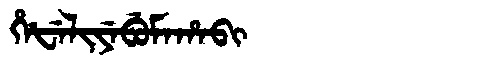
Manchu: ᡥᡝᡶᡝᠯᡳᠶᡝᠪᡠᠮᠠᡥᠠᠪᡳ
Romanization: HEFELIYEBUMAHABI